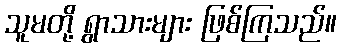
သူမတို့ ရွာသားများ ဖြစ်ကြသည်။